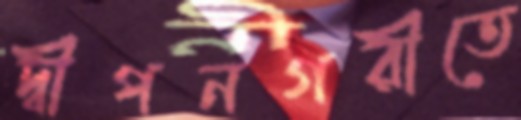
দ্বীপনগরীতে